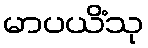
မာပယိံသု